Epidemic dropsy in Calcutta - Number 49
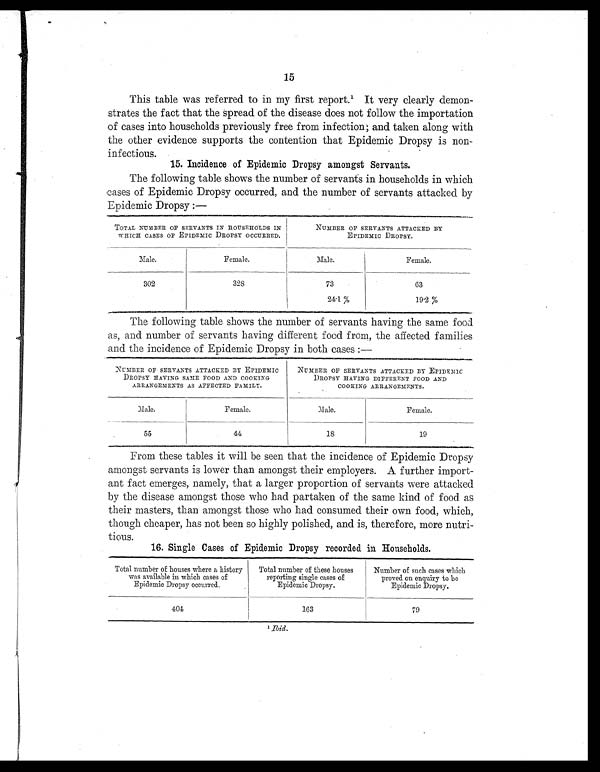
15
This table was referred to in my first report.1 It very clearly demon-
strates the fact that the spread of the disease does not follow the importation
of cases into households previously free from infection; and taken along with
the other evidence supports the contention that Epidemic Dropsy is non-
infectious.
15. Incidence of Epidemic Dropsy amongst Servants.
The following table shows the number of servants in households in which
cases of Epidemic Dropsy occurred, and the number of servants attacked by
Epidemic Dropsy :—
TOTAL NUMBER OF SERVANTS IN HOUSEHOLDS IN
WHICH CASES OP EPIDEMIC DROPSY OCCURRED.
NUMBER OF SERVANTS ATTACKED BY
EPIDEMIC DROPSY.
Male.
Female.
Male.
Female.
302
3 2 8
73
24.1 %
63
19.2 %
The following table shows the number of servants having the same food.
as, and number of servants having different food from, the affected families
and the incidence of Epidemic Dropsy in both cases :—
NUMBER OP SERVANTS ATTACKED BY EPIDEMIC
DROPSY HAVING SAME FOOD AND COOKING
ARRANGEMENTS AS AFFECTED FAMILY.
NUMBER OF SERVANTS ATTACKED BY EPIDEMIC
DROPSY HAVING DIFFERENT FOOD AND
COOKING ARRANGEMENTS.
Male.
Female.
Male.
Female.
55
44
18
19
From these tables it will be seen that the incidence of Epidemic Dropsy
amongst servants is lower than amongst their employers. A further import-
ant fact emerges, namely, that a larger proportion of servants were attacked
by the disease amongst those who had partaken of the same kind of food as
their masters, than amongst those who had consumed their own food, which,
though cheaper, has not been so highly polished, and is, therefore, more nutri-
tious.
16. Single Cases of Epidemic Dropsy recorded in Households.
Total number of houses where a history
was available in which cases of
Epidemic Dropsy occurred.
Total number of these houses
reporting single cases of
Epidemic Dropsy.
Number of such cases which
proved on enquiry to be
Epidemic Dropsy.
404
163
79
1
I b i d .